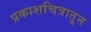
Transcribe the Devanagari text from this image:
प्रकाशचित्रातून